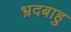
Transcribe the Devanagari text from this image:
भ्रदबाहु